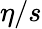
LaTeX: \eta/s